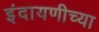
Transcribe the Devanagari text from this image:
इंदायणीच्या